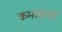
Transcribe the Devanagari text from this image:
कमळाचा